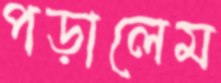
পড়ালেম